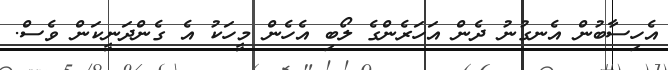
އެހިސާބުން އެނގުނު ދެން އަހަރެންގެ ލޯބި އެހެން މީހަކު އެ ގެންދަނީކަން ވެސް.